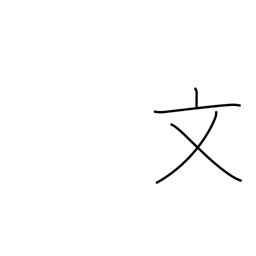
Meaning: literary radical (no. 67)